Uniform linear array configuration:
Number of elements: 8
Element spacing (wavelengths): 0.75
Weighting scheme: binomial
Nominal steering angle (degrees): -45
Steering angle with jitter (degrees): -45.02
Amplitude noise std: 0.05
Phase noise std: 0.05

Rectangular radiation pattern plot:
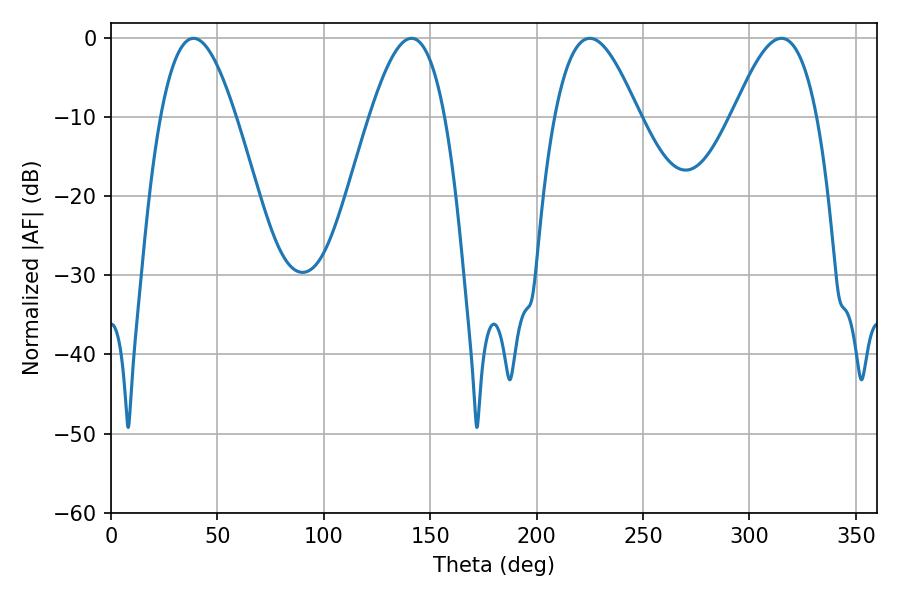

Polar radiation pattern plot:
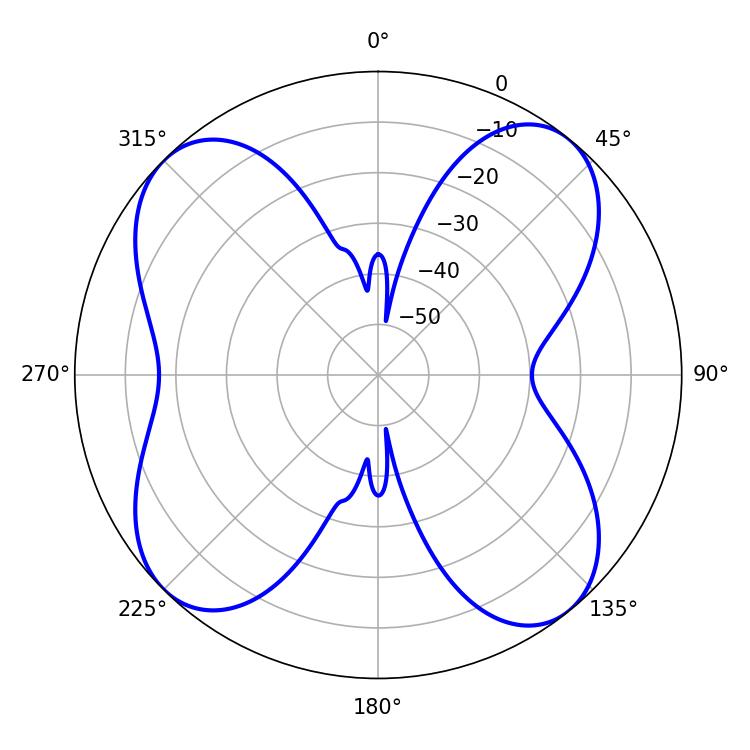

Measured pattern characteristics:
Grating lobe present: TRUE
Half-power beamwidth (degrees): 21.42
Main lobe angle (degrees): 225